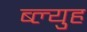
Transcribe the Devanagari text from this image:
ब्ल्युह